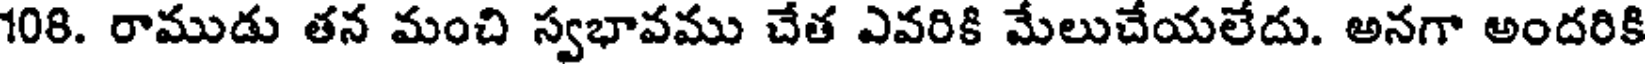
108. రాముడు తన మంచి స్వభావము చేత ఎవరికి మేలుచేయలేదు. అనగా అందరికి